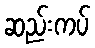
ဆည်းကပ်